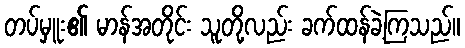
တပ်မှူး၏ မာန်အတိုင်း သူတို့လည်း ခက်ထန်ခဲ့ကြသည်။